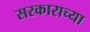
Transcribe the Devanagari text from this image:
सरकाराच्या